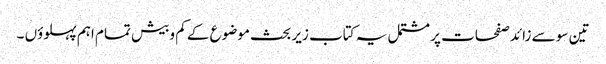
تین سو سے زائد صفحات پر مشتمل یہ کتاب زیر بحث موضوع کے کم وبیش تمام اہم پہلوؤں ۔